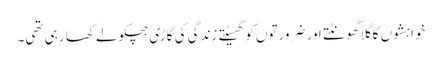
خواہشوں کا گلا گھونٹتے اور ضرورتوں کو گھسیٹتے زندگی کی گاڑی ہچکولے کھا رہی تھی۔